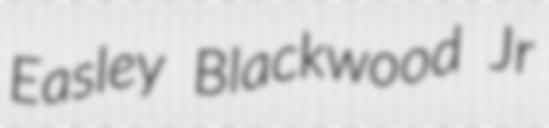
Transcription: Easley Blackwood Jr